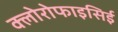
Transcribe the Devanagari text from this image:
क्लोरोफाइसिई